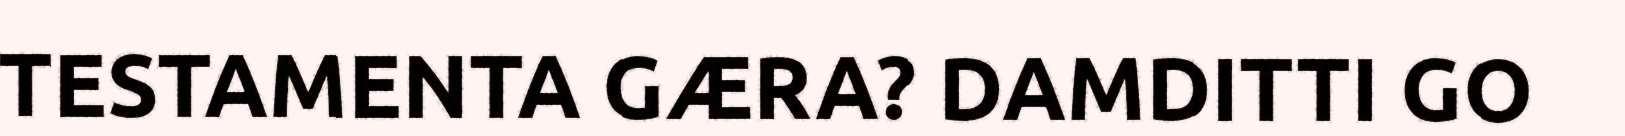
TESTAMENTA GÆRA? DAMDITTI GO